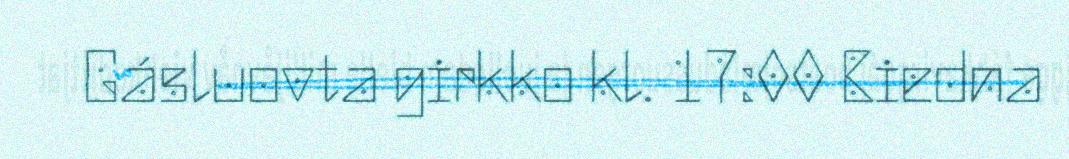
Gásluovta girkko kl. 17:00 Biedna